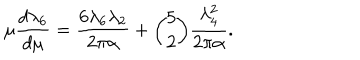
\mu { \frac { d \lambda _ { 6 } } { d \mu } } = { \frac { 6 \lambda _ { 6 } \lambda _ { 2 } } { 2 \pi \alpha } } + { \binom { 5 } { 2 } } { \frac { \lambda _ { 4 } ^ { 2 } } { 2 \pi \alpha } } .